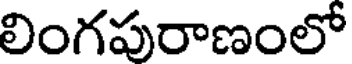
లింగపురాణంలో